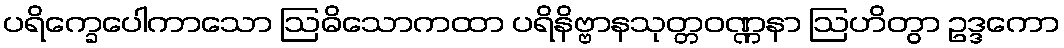
ပရိက္ခေပေါကာသော ဩဓိသောကထာ ပရိနိဗ္ဗာနသုတ္တဝဏ္ဏနာ ဩဟိတွာ ဥဒ္ဒကော